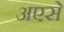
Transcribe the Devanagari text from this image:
अएसे